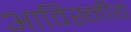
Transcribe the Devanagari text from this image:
आविस्नीय